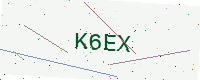
Text: K6EX